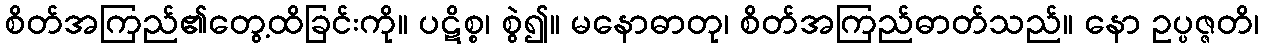
စိတ်အကြည်၏တွေ့ထိခြင်းကို။ ပဋိစ္စ၊ စွဲ၍။ မနောဓာတု၊ စိတ်အကြည်ဓာတ်သည်။ နော ဥပ္ပဇ္ဇတိ၊